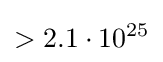
>2.1\cdot 10^{25}